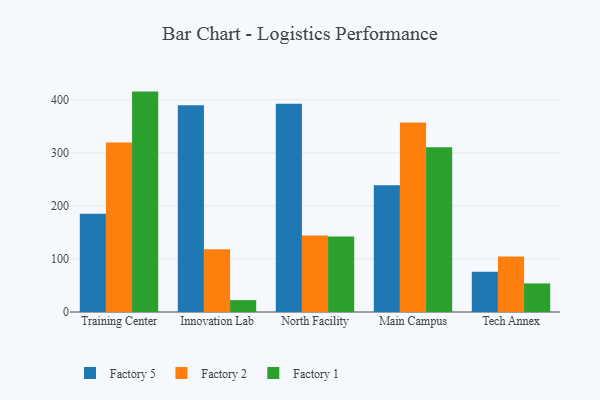
{"axis": {"x": "Campus", "y": "Page Views"}, "legend": ["Factory 1", "Factory 2", "Factory 5"], "data": [{"x": "Training Center", "y": 185.4, "type": "Factory 5"}, {"x": "Training Center", "y": 319.7, "type": "Factory 2"}, {"x": "Training Center", "y": 415.5, "type": "Factory 1"}, {"x": "Innovation Lab", "y": 389.6, "type": "Factory 5"}, {"x": "Innovation Lab", "y": 118.5, "type": "Factory 2"}, {"x": "Innovation Lab", "y": 22.4, "type": "Factory 1"}, {"x": "North Facility", "y": 392.4, "type": "Factory 5"}, {"x": "North Facility", "y": 144.2, "type": "Factory 2"}, {"x": "North Facility", "y": 142.1, "type": "Factory 1"}, {"x": "Main Campus", "y": 238.9, "type": "Factory 5"}, {"x": "Main Campus", "y": 357.4, "type": "Factory 2"}, {"x": "Main Campus", "y": 310.4, "type": "Factory 1"}, {"x": "Tech Annex", "y": 75.8, "type": "Factory 5"}, {"x": "Tech Annex", "y": 104.6, "type": "Factory 2"}, {"x": "Tech Annex", "y": 53.9, "type": "Factory 1"}]}